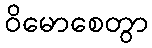
ဝိမောစေတွာ